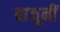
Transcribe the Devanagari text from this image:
बाजूनीं